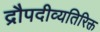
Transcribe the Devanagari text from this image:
द्रौपदीव्यतिरिक्त